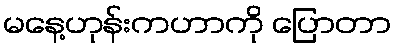
မနေ့ဟုန်းကဟာကို ပြောတာ